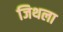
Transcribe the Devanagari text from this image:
जिथला